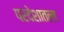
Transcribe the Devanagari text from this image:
परदेशातला